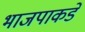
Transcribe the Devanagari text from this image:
भाजपाकडे